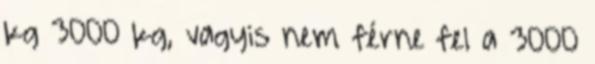
kg 3000 kg, vagyis nem férne fel a 3000